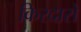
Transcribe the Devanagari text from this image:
किरदारो